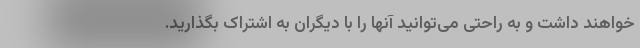
خواهند داشت و به راحتی می‌توانید آنها را با دیگران به اشتراک بگذارید.